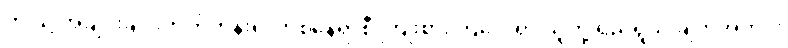
ဤသို့ အချင်းချင်းတိုက်တွန်း၍ တစ်နေရာစီ ကြိုးစားကြလေရာ သူတို့ ရည်ရွယ် ချက်အတိုင်း